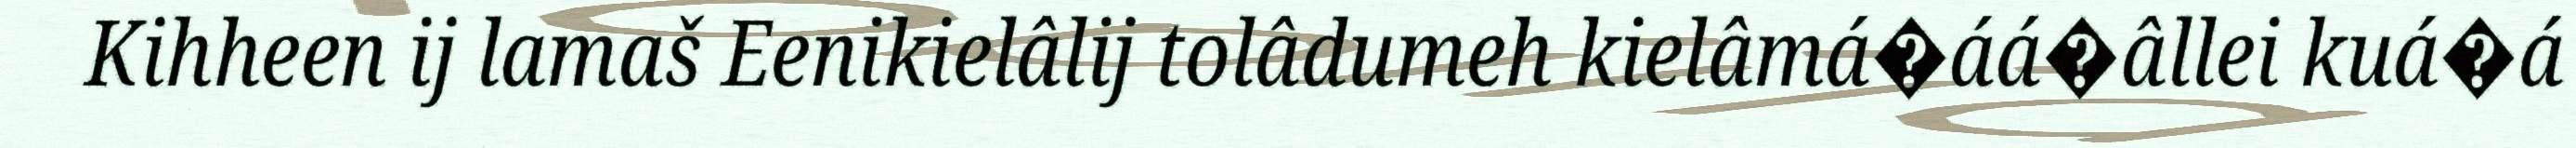
Kihheen ij lamaš Eenikielâlij tolâdumeh kielâmá�áá�âllei kuá�á